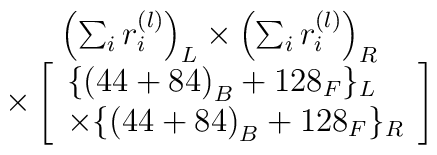
\begin{array}{c}\left( \sum_ir_i^{(l)}\right) _L\times \left( \sum_ir_i^{(l)}\right) _R \\\times \left[\begin{array}{l}\{\left( 44+84\right) _B+128_F\}_L \\\times \{\left( 44+84\right) _B+128_F\}_R\end{array}\right]\end{array}